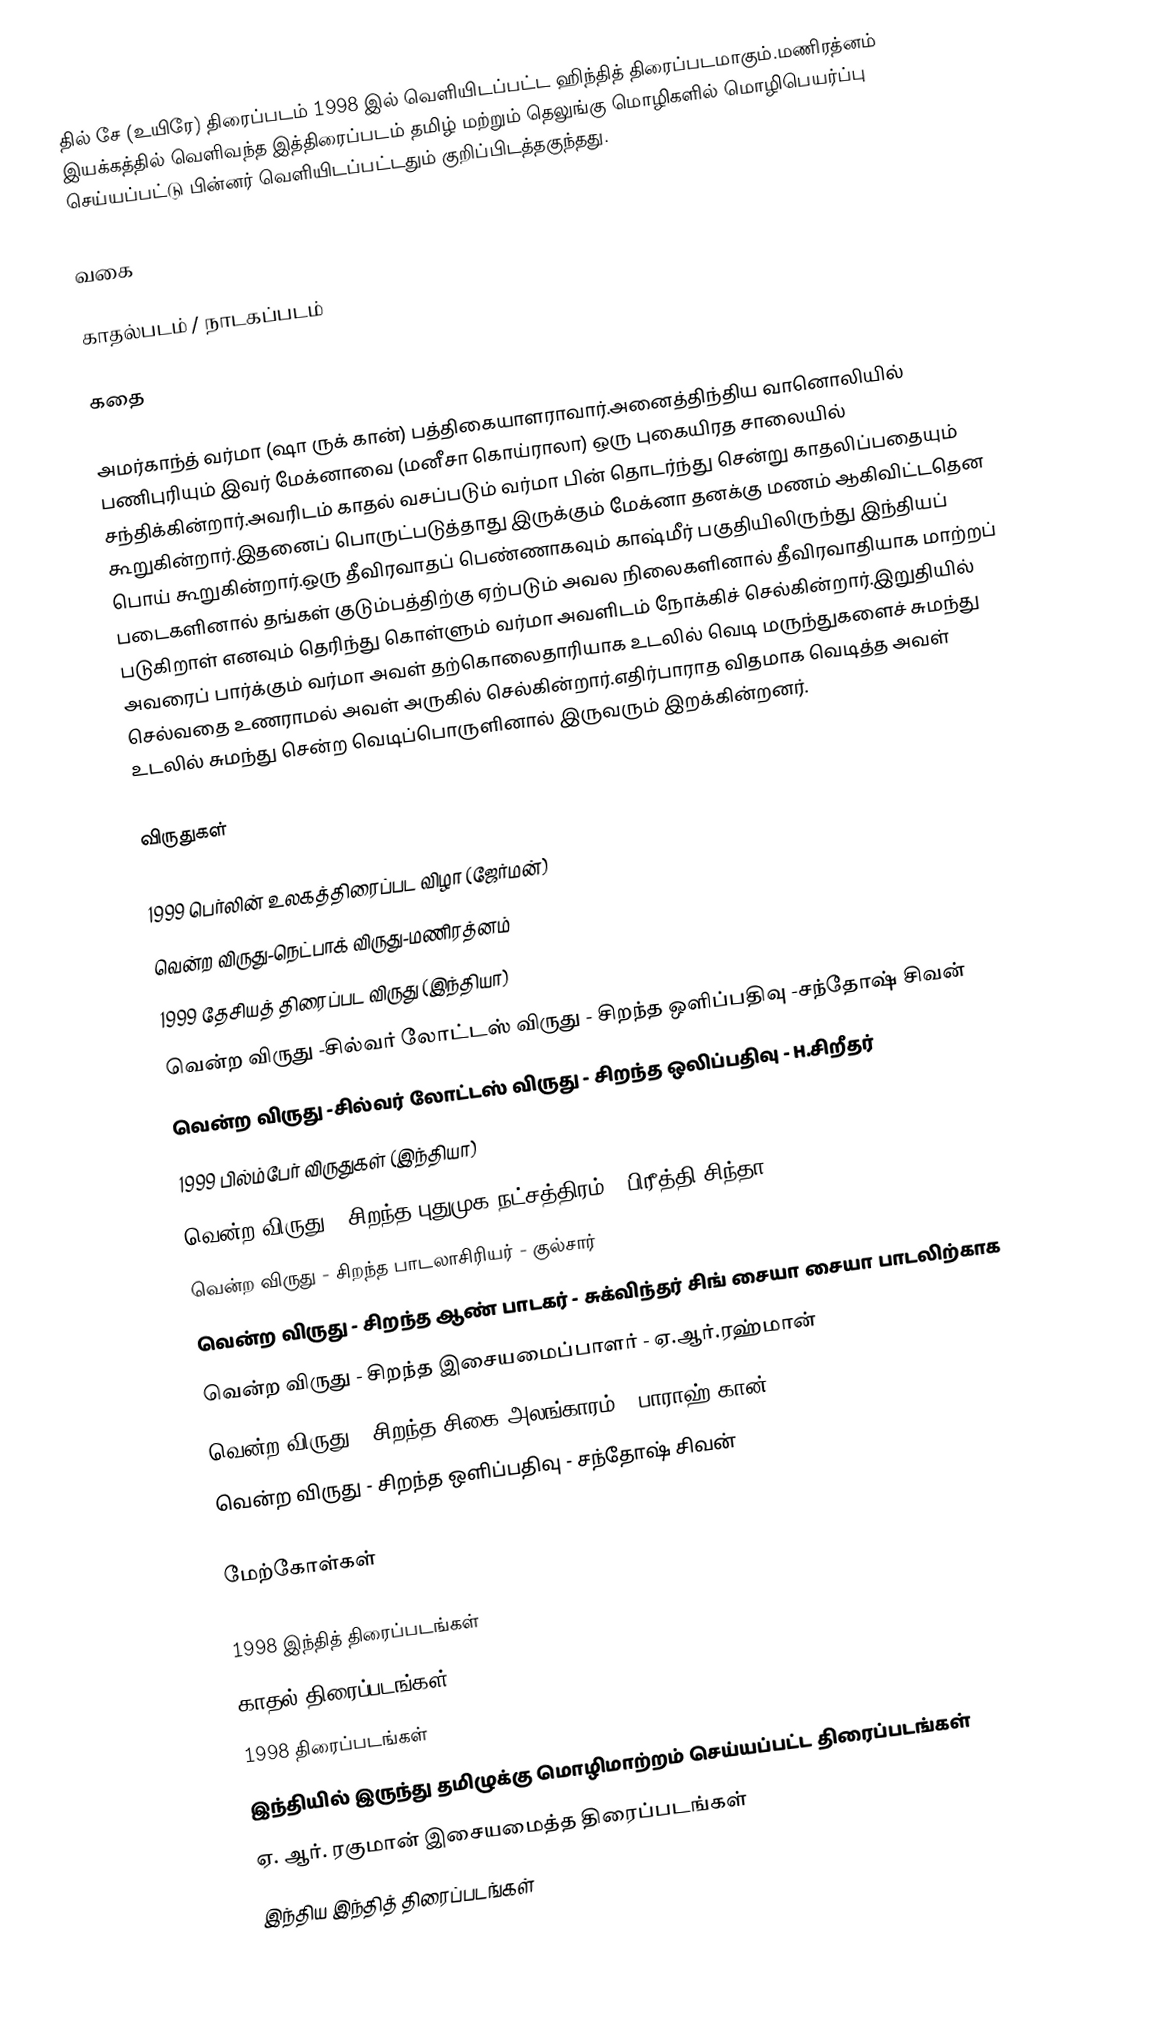
தில் சே (உயிரே) திரைப்படம் 1998 இல் வெளியிடப்பட்ட ஹிந்தித் திரைப்படமாகும்.மணிரத்னம் இயக்கத்தில் வெளிவந்த இத்திரைப்படம் தமிழ் மற்றும் தெலுங்கு மொழிகளில் மொழிபெயர்ப்பு செய்யப்பட்டு பின்னர் வெளியிடப்பட்டதும் குறிப்பிடத்தகுந்தது.

வகை

காதல்படம் / நாடகப்படம்

கதை

அமர்காந்த் வர்மா (ஷா ருக் கான்) பத்திகையாளராவார்.அனைத்திந்திய வானொலியில் பணிபுரியும் இவர் மேக்னாவை (மனீசா கொய்ராலா) ஒரு புகையிரத சாலையில் சந்திக்கின்றார்.அவரிடம் காதல் வசப்படும் வர்மா பின் தொடர்ந்து சென்று காதலிப்பதையும் கூறுகின்றார்.இதனைப் பொருட்படுத்தாது இருக்கும் மேக்னா தனக்கு மணம் ஆகிவிட்டதென பொய் கூறுகின்றார்.ஒரு தீவிரவாதப் பெண்ணாகவும் காஷ்மீர் பகுதியிலிருந்து இந்தியப் படைகளினால் தங்கள் குடும்பத்திற்கு ஏற்படும் அவல நிலைகளினால் தீவிரவாதியாக மாற்றப் படுகிறாள் எனவும் தெரிந்து கொள்ளும் வர்மா அவளிடம் நோக்கிச் செல்கின்றார்.இறுதியில் அவரைப் பார்க்கும் வர்மா அவள் தற்கொலைதாரியாக உடலில் வெடி மருந்துகளைச் சுமந்து செல்வதை உணராமல் அவள் அருகில் செல்கின்றார்.எதிர்பாராத விதமாக வெடித்த அவள் உடலில் சுமந்து சென்ற வெடிப்பொருளினால் இருவரும் இறக்கின்றனர்.

விருதுகள்

1999 பெர்லின் உலகத்திரைப்பட விழா (ஜேர்மன்)
  வென்ற விருது-நெட்பாக் விருது-மணிரத்னம்
1999 தேசியத் திரைப்பட விருது (இந்தியா)
  வென்ற விருது -சில்வர் லோட்டஸ் விருது - சிறந்த ஒளிப்பதிவு -சந்தோஷ் சிவன்
  வென்ற விருது -சில்வர் லோட்டஸ் விருது - சிறந்த ஒலிப்பதிவு - H.சிறீதர்
1999 பில்ம்பேர் விருதுகள் (இந்தியா)
  வென்ற விருது - சிறந்த புதுமுக நட்சத்திரம் - பிரீத்தி சிந்தா
  வென்ற விருது - சிறந்த பாடலாசிரியர் - குல்சார்
  வென்ற விருது - சிறந்த ஆண் பாடகர் - சுக்விந்தர் சிங் சையா சையா பாடலிற்காக
  வென்ற விருது - சிறந்த இசையமைப்பாளர் - ஏ.ஆர்.ரஹ்மான்
  வென்ற விருது - சிறந்த சிகை அலங்காரம் - பாராஹ் கான்
  வென்ற விருது - சிறந்த ஒளிப்பதிவு - சந்தோஷ் சிவன்

மேற்கோள்கள்

1998 இந்தித் திரைப்படங்கள்
காதல் திரைப்படங்கள்
1998 திரைப்படங்கள்
இந்தியில் இருந்து தமிழுக்கு மொழிமாற்றம் செய்யப்பட்ட திரைப்படங்கள்
ஏ. ஆர். ரகுமான் இசையமைத்த திரைப்படங்கள்
இந்திய இந்தித் திரைப்படங்கள்